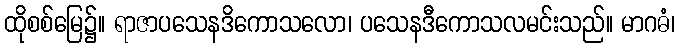
ထိုစစ်မြေ၌။ ရာဇာပသေနဒိကောသလော၊ ပသေနဒီကောသလမင်းသည်။ မာဂဓံ၊